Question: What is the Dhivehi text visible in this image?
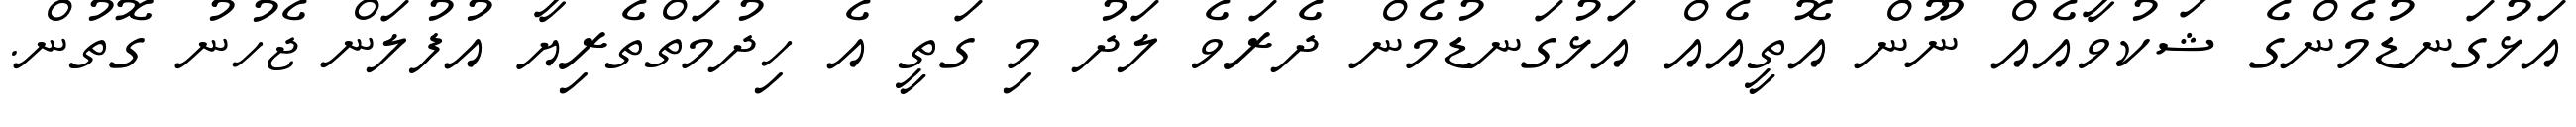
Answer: އަޅުގަނޑުމެންގެ ޝަކުވާއެއް ނޫން އޮތީއެއް އަޅުގަނޑުމެން ދެރަވެ ލަދު މި ގަތީ އެ ހިދުމަތްތެރިޔާ އުފުލަން ޖެހުނު ގޮތުން.